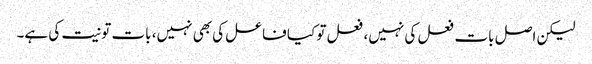
لیکن اصل بات فعل کی نہیں، فعل تو کیا فاعل کی بھی نہیں، بات تو نیت کی ہے۔